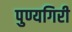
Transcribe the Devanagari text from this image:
पुण्यगिरी